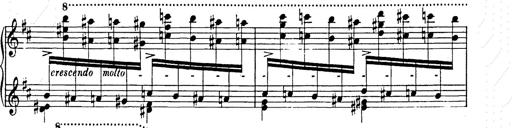
Title: Ballade No.2
Composer: Jan Skrzydlewski
Key: B minor